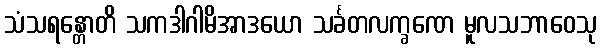
သံသရန္တောတိ သကဒါဂါမိအာဒယော သင်္ခတလက္ခဏေ မူလသဘာဝေသု